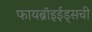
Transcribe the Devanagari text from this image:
फायब्रॉइईड्‌सची